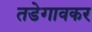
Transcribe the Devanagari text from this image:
तडेगावकर